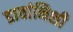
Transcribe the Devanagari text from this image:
डावांनिशी